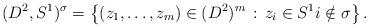
LaTeX: \begin{align*}(D^2,S^1)^\sigma=\left\{ (z_1,\ldots,z_m)\in (D^2)^m \,:\, z_i\in S^1i\notin \sigma\right\}.\end{align*}